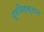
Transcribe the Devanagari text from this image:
द्रविड़स्तान